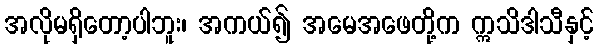
အလိုမရှိတော့ပါဘူး၊ အကယ်၍ အမေအဖေတို့က ဣသိဒါသီနှင့်